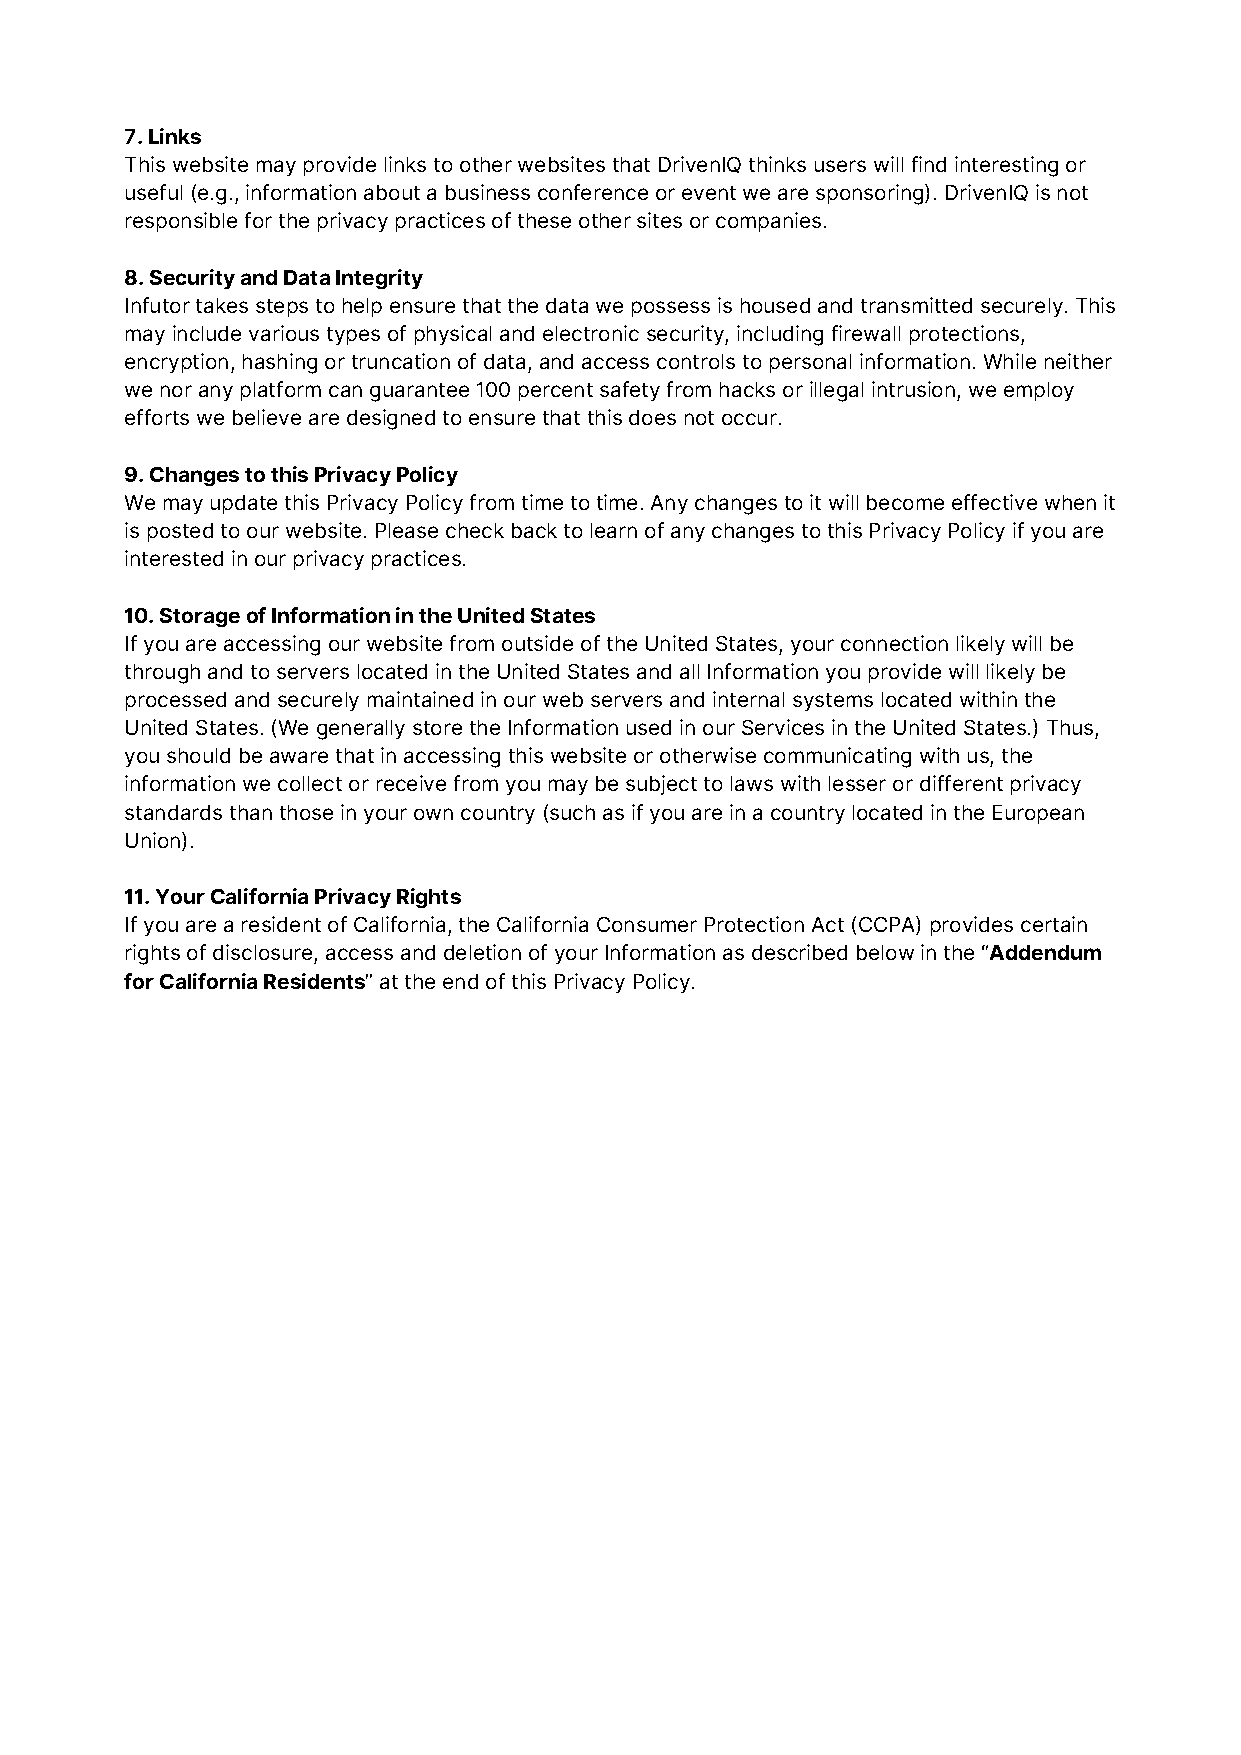
7. Links
 This website may provide links to other websites that DrivenIQ thinks users will find interesting or
 useful (e.g., information about a business conference or event we are sponsoring). DrivenIQ is not
 responsible for the privacy practices of these other sites or companies.
 8. Security and Data Integrity
 Infutor takes steps to help ensure that the data we possess is housed and transmitted securely. This
 may include various types of physical and electronic security, including firewall protections,
 encryption, hashing or truncation of data, and access controls to personal information. While neither
 we nor any platform can guarantee 100 percent safety from hacks or illegal intrusion, we employ
 efforts we believe are designed to ensure that this does not occur.
 9. Changes to this Privacy Policy
 We may update this Privacy Policy from time to time. Any changes to it will become effective when it
 is posted to our website. Please check back to learn of any changes to this Privacy Policy if you are
 interested in our privacy practices.
 10. Storage of Information in the United States
 If you are accessing our website from outside of the United States, your connection likely will be
 through and to servers located in the United States and all Information you provide will likely be
 processed and securely maintained in our web servers and internal systems located within the
 United States. (We generally store the Information used in our Services in the United States.) Thus,
 you should be aware that in accessing this website or otherwise communicating with us, the
 information we collect or receive from you may be subject to laws with lesser or different privacy
 standards than those in your own country (such as if you are in a country located in the European
 Union).
 11. Your California Privacy Rights
 If you are a resident of California, the California Consumer Protection Act (CCPA) provides certain
 rights of disclosure, access and deletion of your Information as described below in the “Addendum
 for California Residents” at the end of this Privacy Policy.